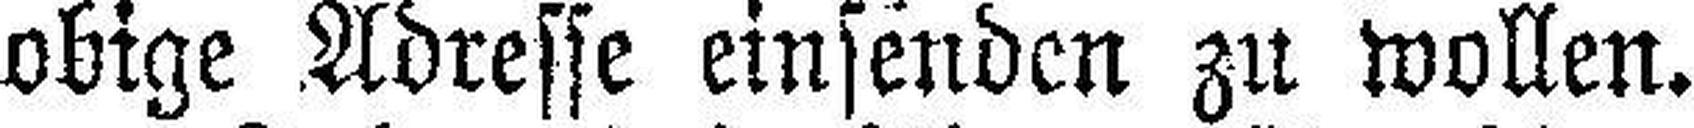
obige Adresse einsenden zu wollen.